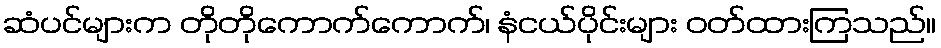
ဆံပင်များက တိုတိုကောက်ကောက်၊ နံငယ်ပိုင်းများ ဝတ်ထားကြသည်။